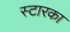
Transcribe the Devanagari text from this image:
स्टारका